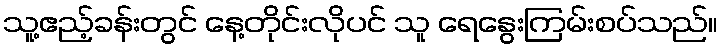
သူ့ဧည့်ခန်းတွင် နေ့တိုင်းလိုပင် သူ ရေနွေးကြမ်းစပ်သည်။